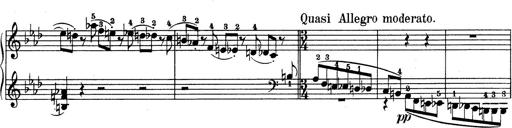
Title: Variationen Ã¼ber das Motiv von Bach
Composer: Franz Liszt